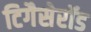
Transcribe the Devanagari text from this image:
टिगैसेरॉड